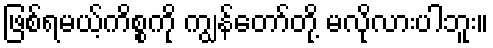
ဖြစ်ရမယ့်ကိစ္စကို ကျွန်တော်တို့ မလိုလားပါဘူး။